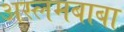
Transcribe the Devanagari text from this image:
अस्लमबाबा